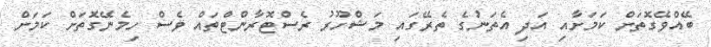
ބޭއްވޭގޮތަށް ކަމަށާއި އަދި އެތަނުގެ ތެރޭގައި މަޝްހޫރު ރެސްޓޮރާންޓްތައް ވެސް ހިމެނޭގޮތަށް ކަމަށް